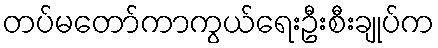
တပ်မတော်ကာကွယ်ရေးဦးစီးချုပ်က